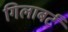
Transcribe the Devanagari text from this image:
गिलाबर्ट